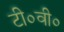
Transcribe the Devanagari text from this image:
टी०वी०